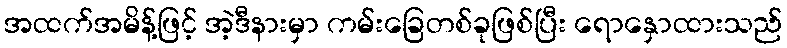
အထက်အမိန့်ဖြင့် အဲ့ဒီနားမှာ ကမ်းခြေတစ်ခုဖြစ်ပြီး ရောနှောထားသည်